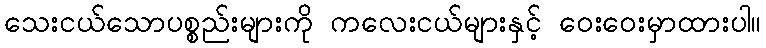
သေးငယ်သောပစ္စည်းများကို ကလေးငယ်များနှင့် ဝေးဝေးမှာထားပါ။